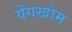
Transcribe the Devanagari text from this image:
येंगखोम